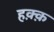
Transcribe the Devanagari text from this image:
हक़्क़